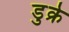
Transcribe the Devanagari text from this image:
डुक्रे